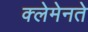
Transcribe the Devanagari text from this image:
क्लेमेनते